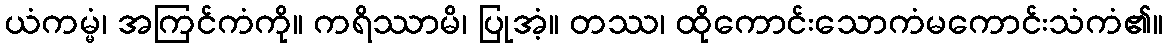
ယံကမ္မံ၊ အကြင်ကံကို။ ကရိဿာမိ၊ ပြုအံ့။ တဿ၊ ထိုကောင်းသောကံမကောင်းသံကံ၏။